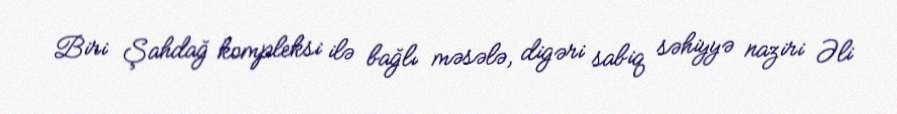
Biri Şahdağ kompleksi ilə bağlı məsələ, digəri sabiq səhiyyə naziri Əli